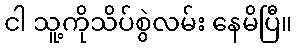
ငါ သူ့ကိုသိပ်စွဲလမ်း နေမိပြီ။